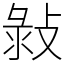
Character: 㪖